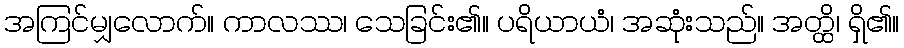
အကြင်မျှလောက်။ ကာလဿ၊ သေခြင်း၏။ ပရိယာယံ၊ အဆုံးသည်။ အတ္ထိ၊ ရှိ၏။